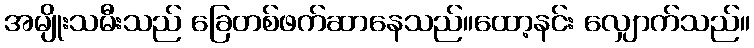
အမျိုးသမီးသည် ခြေတစ်ဖက်ဆာနေသည်။ထော့နင်း လျှောက်သည်။